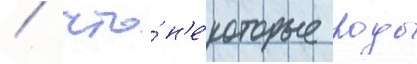
/ что́ н'е́которые роды